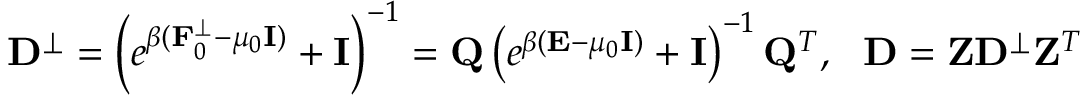
{ \bf D } ^ { \perp } = \left( e ^ { \beta ( { \bf F } _ { 0 } ^ { \perp } - \mu _ { 0 } { \bf I } ) } + { \bf I } \right) ^ { - 1 } = { \bf Q } \left( e ^ { \beta ( { \bf E } - \mu _ { 0 } { \bf I } ) } + { \bf I } \right) ^ { - 1 } { \bf Q } ^ { T } , ~ ~ { \bf D } = { \bf Z } { \bf D } ^ { \perp } { \bf Z } ^ { T }